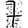
Digit: 7